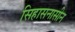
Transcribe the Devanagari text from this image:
सिहासनासीन